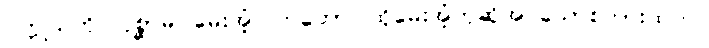
ပက္ကုသကို။ ပုစ္ဆာမိ၊ မေးအံ့။ တတော၊ ထိုမေးအံ့ဟုဆိုအပ်သောစကားထက်။